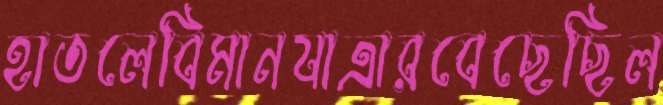
হাতলেবিমানযাত্রারবেছেছিল